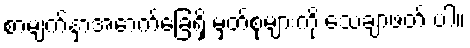
စာမျက်နှာအောက်ခြေရှိ မှတ်စုများကို သေချာဖတ် ပါ။